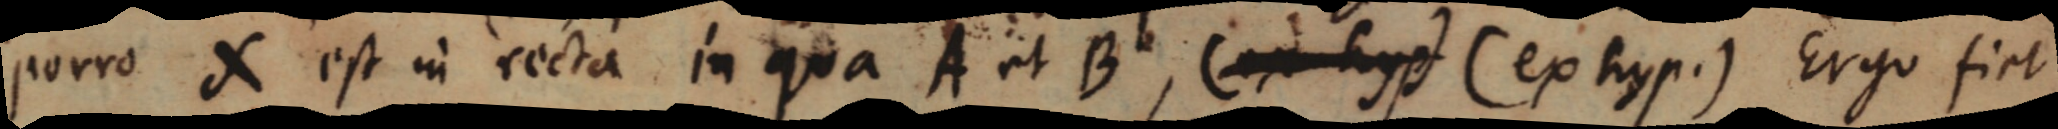
porro X est in recta in qua A et B, (ex hyp) (ex hyp.) Ergo fiet